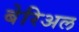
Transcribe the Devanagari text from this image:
बेरिअल